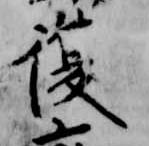
復